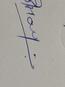
Signature authenticity: genuine